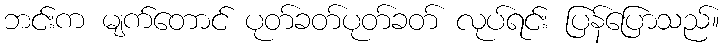
ဘင်းက မျက်တောင် ပုတ်ခတ်ပုတ်ခတ် လုပ်ရင်း ပြန်ပြောသည်။